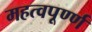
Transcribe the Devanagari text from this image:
महत्वपूर्ण्ण